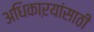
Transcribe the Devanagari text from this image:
अधिकाऱयांसाठी